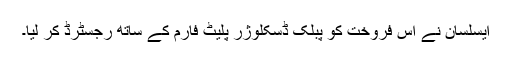
ایسلسان نے اس فروخت کو پبلک ڈسکلوژر پلیٹ فارم کے ساتھ رجسٹرڈ کر لیا۔